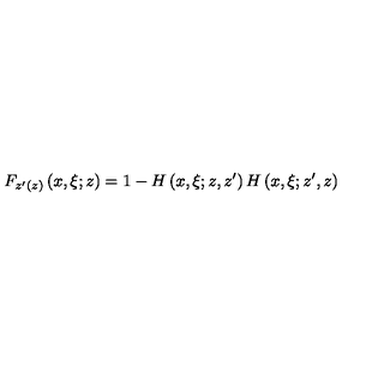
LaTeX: F _ { z ^ { \prime } ( z ) } \left( x , \xi ; z \right) = 1 - H \left( x , \xi ; z , z ^ { \prime } \right) H \left( x , \xi ; z ^ { \prime } , z \right)